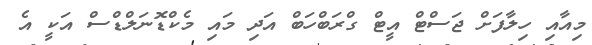
މިއާއި ހިލާފަށް ޖަސްޓް އީޓް ގްރަބްހަބް އަދި މައި މެކްޑޮނަލްޑްސް އަކީ އެ